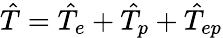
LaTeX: \hat{T}=\hat{T}_{e}+\hat{T}_{p}+\hat{T}_{ep}